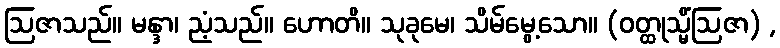
ဩဇာသည်။ မန္ဒာ၊ ညံ့သည်။ ဟောတိ။ သုခုမေ၊ သိမ်မွေ့သော။ (ဝတ္ထုသ္မိံဩဇာ) ,